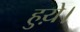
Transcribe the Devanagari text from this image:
हुय़े।